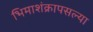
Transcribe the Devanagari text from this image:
भिमाशंक्रापसल्या